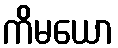
ကိမယော